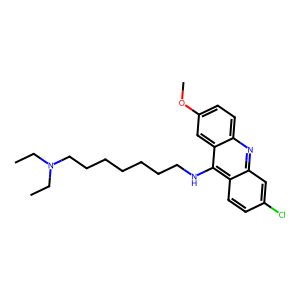
SMILES: CCN(CC)CCCCCCCNc1c2ccc(Cl)cc2nc2ccc(OC)cc12
Inhibits HIV replication: No